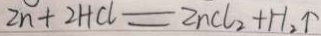
Z n + 2 H C l = Z n C l _ { 2 } + H _ { 2 } \uparrow